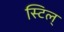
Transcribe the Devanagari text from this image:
स्टिल्